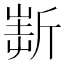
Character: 𣂲